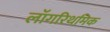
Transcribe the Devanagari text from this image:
लॉगरिथमिक